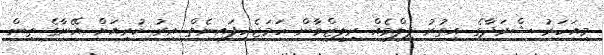
މިއަހަރު ޝްރަދާގެ އިތުރު ފިލްމެއް ރިލީޒްވާން ހަމަޖެހިފައިނެތް އިރު ކުރިއަށް އޭނާގެ ތިން